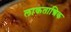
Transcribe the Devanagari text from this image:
लाकतान्त्रिक